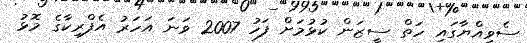
ސެވިއްޔާގައި ހަތް ސީޒަން ކުޅުމަށް ފަހު 2007 ވަނަ އަހަރު އެފްރިކާގެ މޮޅު